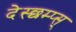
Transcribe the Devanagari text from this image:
देस्छम्प्स्